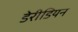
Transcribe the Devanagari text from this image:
डेरीडियन